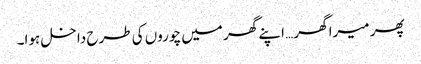
پھر میرا گھر… اپنے گھر میں چوروں کی طرح داخل ہوا۔